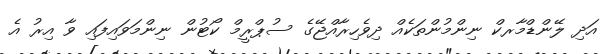
އަދި ލޭންޑްމާރކް ނިންމުންތަކެއް ދިވެހިރާއްޖޭގެ ސުޕްރީމް ކޯޓުން ނިންމަވައިފައި ވާ އިރު އެ